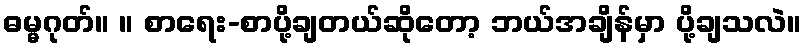
ဓမ္မဂုတ်။ ။ စာရေး-စာပို့ချတယ်ဆိုတော့ ဘယ်အချိန်မှာ ပို့ချသလဲ။